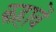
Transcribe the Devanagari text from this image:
कहावें